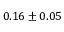
0 . 1 6 \pm 0 . 0 5